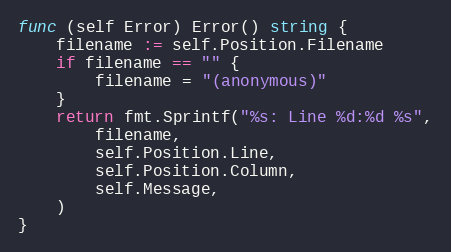
Language: Go
func (self Error) Error() string {
	filename := self.Position.Filename
	if filename == "" {
		filename = "(anonymous)"
	}
	return fmt.Sprintf("%s: Line %d:%d %s",
		filename,
		self.Position.Line,
		self.Position.Column,
		self.Message,
	)
}